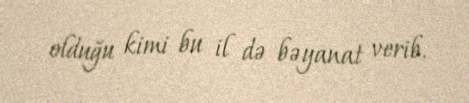
olduğu kimi bu il də bəyanat verib.